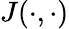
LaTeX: J(\cdot,\cdot)